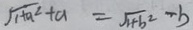
\sqrt { 1 + a ^ { 2 } } + a = \sqrt { 1 + b ^ { 2 } } - b